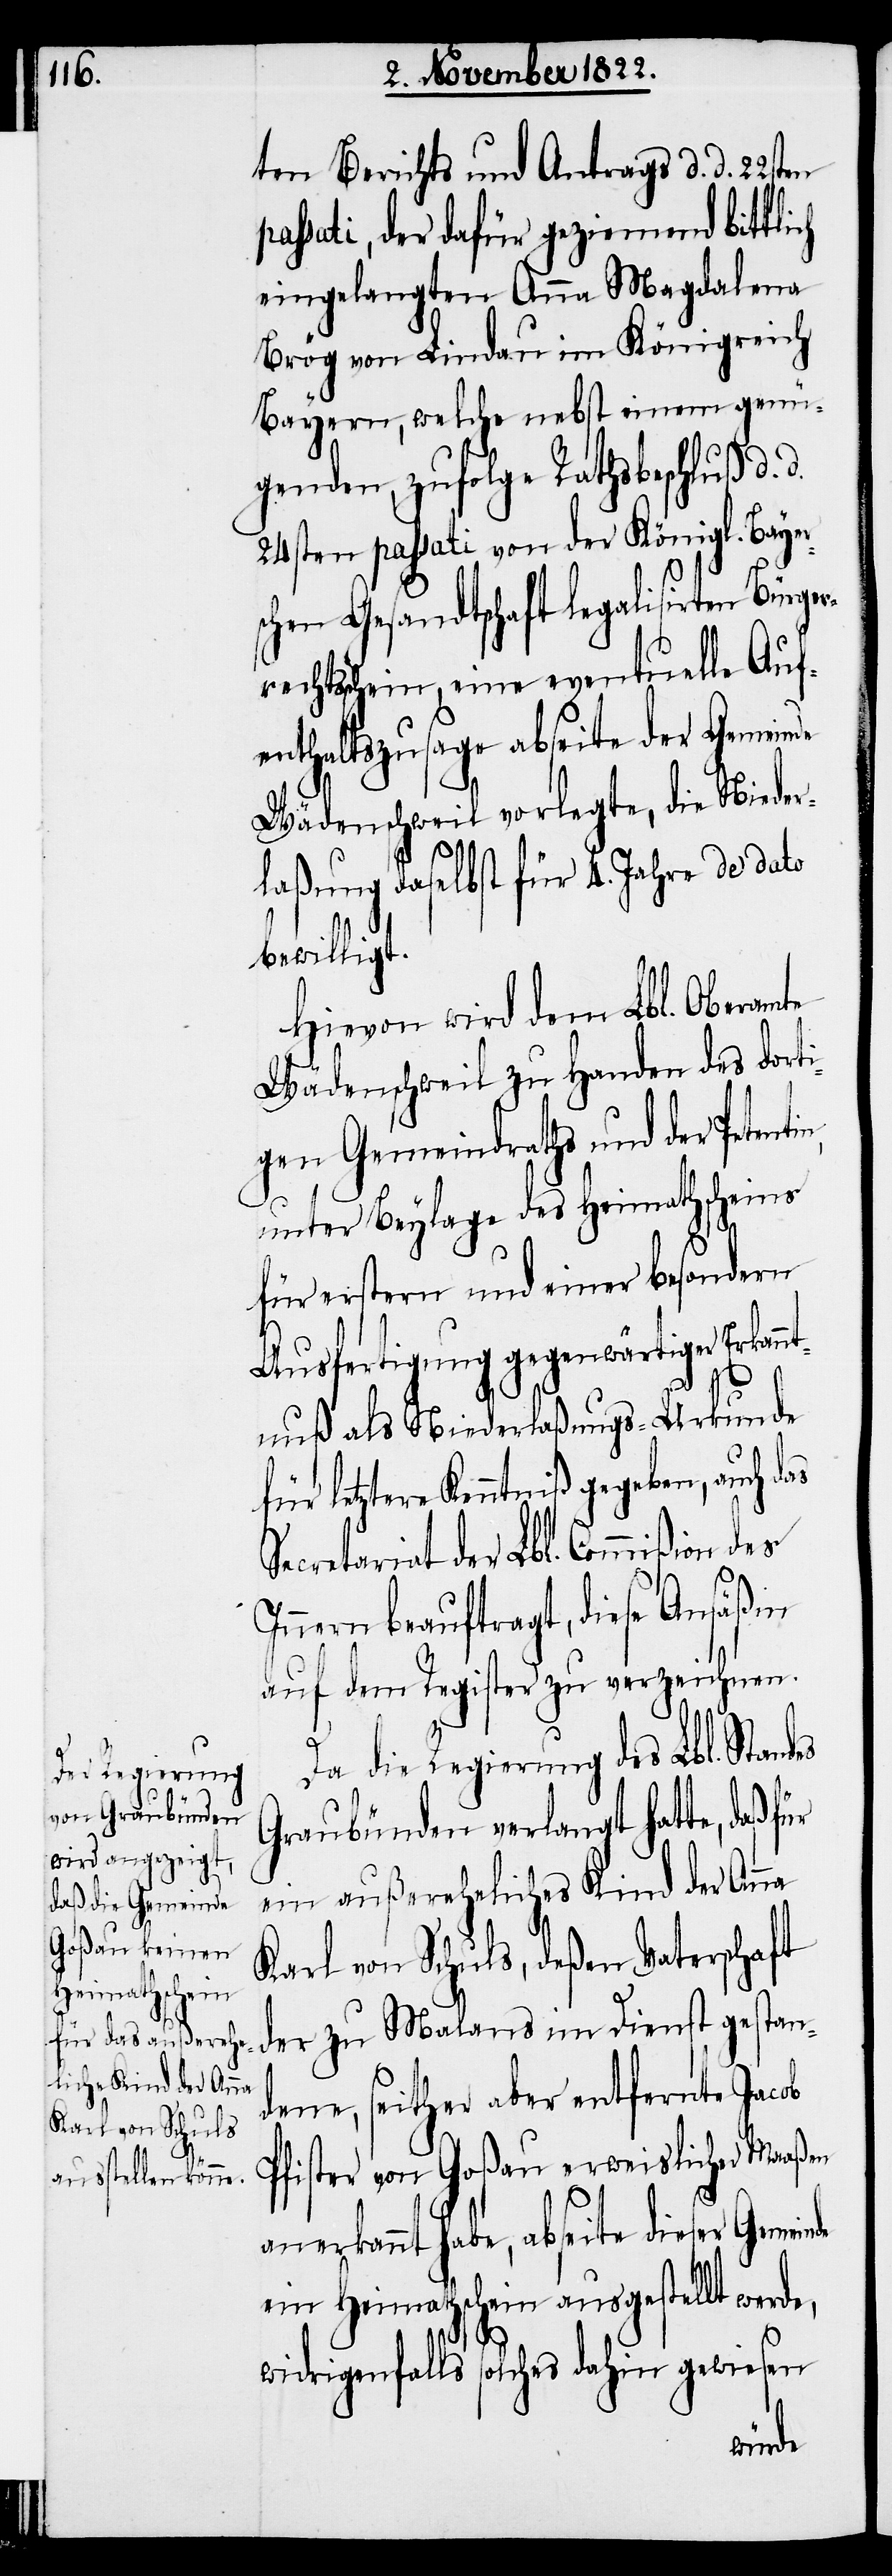
ten Berichts und Antrags d. d. 22sten
passati, der dafür geziemend bittlich
eingelangten Anna Magdalena
Brög von Lindau im Königreich
Bayern, welche nebst einem genü¬
genden, zufolge Rathsbeschluß d.
24sten passati von der Königl. Bayer¬
schen Gesandtschaft legalisirten Bürge¬
chtsschein, eine eventuelle Auf¬
enthaltszusage abseite der Gemeinde
Wädenschweil vorlegte, die Nieder¬
laßung daselbst für 4. Jahre de dato
bewilligt.
Hievon wird dem Lbl. Oberamte
Wädenschweil zu Handen des dorti¬
gen Gemeindraths und der Petenti¬
unter Beylage des Heimathscheins
für erstern und einer besondern
Ausfertigung gegenwärtiger Erkannt¬
n,
nuß als Niederlaßungs-Urkunde
letztere Kenntniß gegeben, auch
Secretariat der Lbl. Commißion des
Innern beauftragt, diese Ansäßin
auf dem Register zu verzeichnen.
Da die Regierung des Lbl. Standes
Graubünden verlangt hatte, daß für
ein außereheliches Kind der Anna
Karl von Schuls, deßen Vaterschaft
dene, seither aber entfernte Jacob
Pfister von Goßau erweislicher Maaßen
anerkannt habe, abseite dieser
ein Heimathschein ausgestellt werde,
widrigenfalls solches dahin gewiesen
stan¬